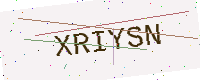
Text: XRIYSN